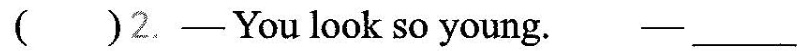
( )2.——You look so young. ——___